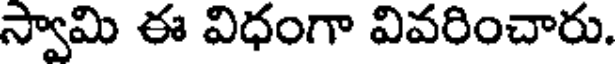
స్వామి ఈ విధంగా వివరించారు.